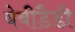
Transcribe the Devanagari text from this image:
बेबीडैडी